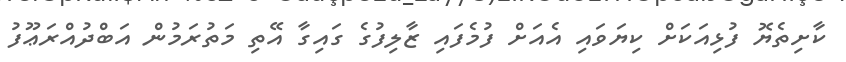
ކާށިތެޔޮ ފުޅިއަކަށް ކިޔަވައި އެއަށް ފުމެފައި ޒާލިފުގެ ގައިގާ އޭތި މަތުރަމުން އަބްދުއްރަޢޫފު